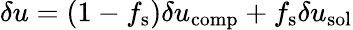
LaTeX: \delta u=(1-f_{\mathrm{s}})\delta u_{\mathrm{comp}}+f_{\mathrm{s}}\delta u_{\mathrm{sol}}